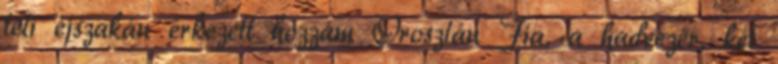
téli éjszakán érkezett hozzám Oroszlán Fia, a hadvezér, két